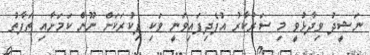
ނަޝީދު ވިދާޅުވީ މި ސަރުކާރު އުފެދިފައިވަނީ ވަކި ފިކުރަކަށް ނޫން ކަމަށާއި ތަފާތު